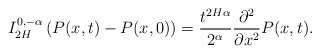
\begin{align*}I_{2H}^{0, -\alpha}\left(P(x,t)-P(x,0)\right)= \frac{t^{2H\alpha}}{2^\alpha}\frac{\partial^2}{\partial x^2}P(x,t).\end{align*}